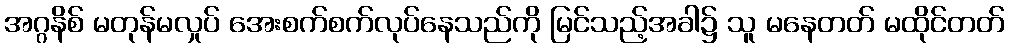
အဂ္ဂနိစ် မတုန်မလှုပ် အေးစက်စက်လုပ်နေသည်ကို မြင်သည့်အခါ၌ သူ မနေတတ် မထိုင်တတ်